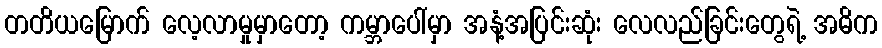
တတိယမြောက် လေ့လာမှုမှာတော့ ကမ္ဘာပေါ်မှာ အနံ့အပြင်းဆုံး လေလည်ခြင်းတွေရဲ့ အဓိက